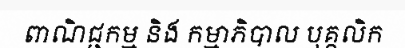
ពាណិជ្ជកម្ម និង កម្មាភិបាល បុគ្គលិក